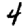
Digit: 4